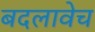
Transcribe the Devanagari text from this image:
बदलावेच